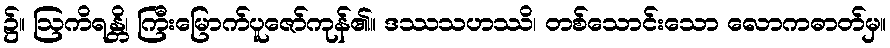
၌။ ဩကိရန္တိ၊ ကြီးမြောက်ပူဇော်ကုန်၏။ ဒဿသဟဿိ၊ တစ်သောင်းသော လောကဓာတ်မှ။